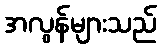
အလွန်များသည်